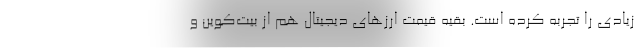
زیادی را تجربه کرده است. بقیه قیمت ارزهای دیجیتال هم از بیت‌کوین و